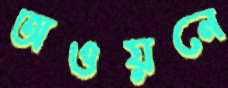
অওয়নে